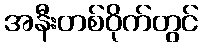
အနီးတစ်ဝိုက်တွင်